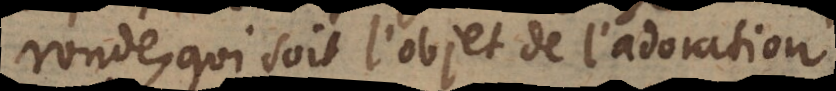
ronde, qui soit l’objet de l’adoration